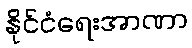
နိုင်ငံရေးအာဏာ